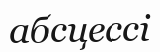
абсцессі